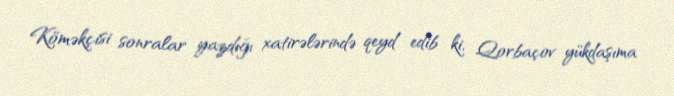
Köməkçisi sonralar yazdığı xatirələrində qeyd edib ki, Qorbaçov yükdaşıma